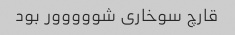
قارچ سوخاری شووووور بود